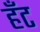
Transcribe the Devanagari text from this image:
हँट